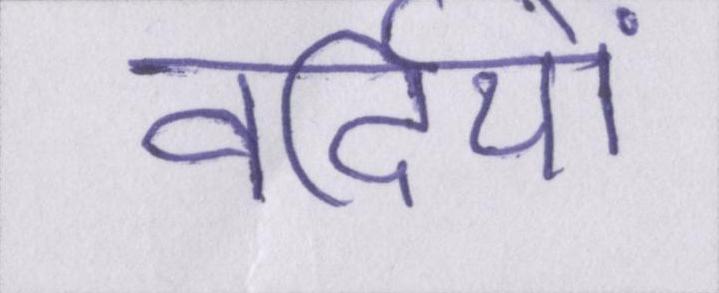
वर्दियों